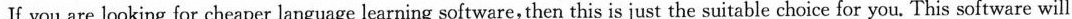
If you are looking for cheaper language learning software, then this is just the suitable choice for you. This software will